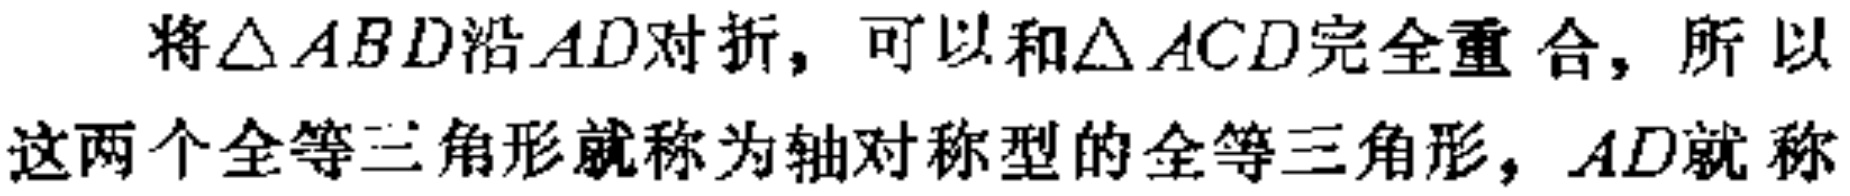
将$\triangle ABD$沿$AD$对折，可以和$\triangle ACD$完全重合，所以这两个全等三角形就称为轴对称型的全等三角形，$AD$就称